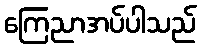
ကြေညာအပ်ပါသည်